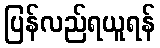
ပြန်လည်ရယူရန်